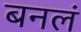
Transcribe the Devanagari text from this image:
बनलं